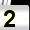
Digit: 2